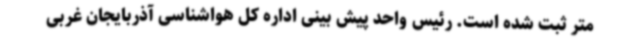
متر ثبت شده است. رئیس واحد پیش بینی اداره کل هواشناسی آذربایجان غربی